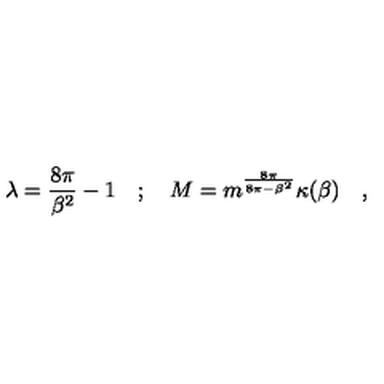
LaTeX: \lambda = \frac { 8 \pi } { \beta ^ { 2 } } - 1 \quad ; \quad M = m ^ { \frac { 8 \pi } { 8 \pi - \beta ^ { 2 } } } \kappa ( \beta ) \quad ,